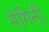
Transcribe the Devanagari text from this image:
मेगिनी